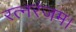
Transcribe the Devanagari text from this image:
रत्नरंजम।